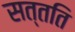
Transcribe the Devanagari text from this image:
सत्तति